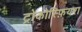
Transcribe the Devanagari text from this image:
ट्रोकोस्फ़ियरा